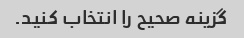
گزینه صحیح را انتخاب کنید.